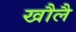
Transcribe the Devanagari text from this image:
खौलै